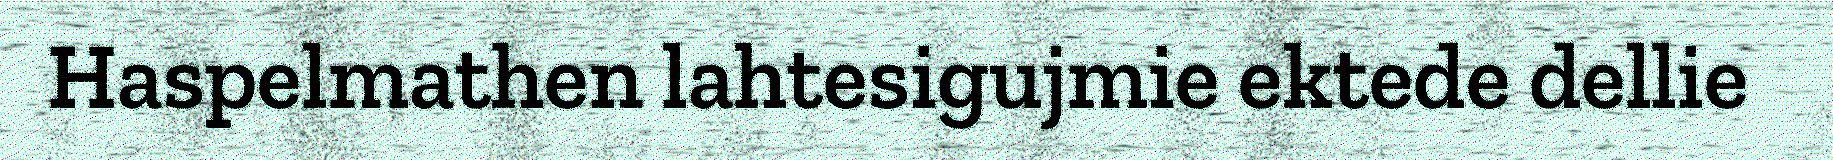
Haspelmathen lahtesigujmie ektede dellie